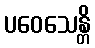
ပဝေသေန္တိ